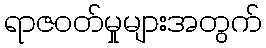
ရာဇဝတ်မှုများအတွက်